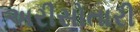
અરીસોતારી